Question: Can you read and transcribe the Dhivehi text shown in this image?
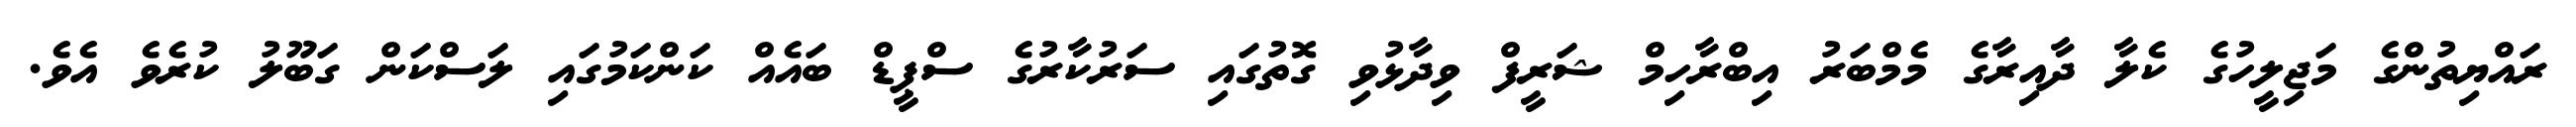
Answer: ރައްޔިތުންގެ މަޖިލީހުގެ ކެލާ ދާއިރާގެ މެމްބަރު އިބްރާހިމް ޝަރީފް ވިދާޅުވި ގޮތުގައި ސަރުކާރުގެ ސްޕީޑް ބައެއް ކަންކަމުގައި ލަސްކަން ގަބޫލު ކުރެވެ އެވެ.